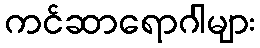
ကင်ဆာရောဂါများ